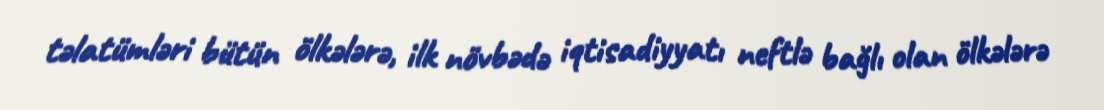
təlatümləri bütün ölkələrə, ilk növbədə iqtisadiyyatı neftlə bağlı olan ölkələrə